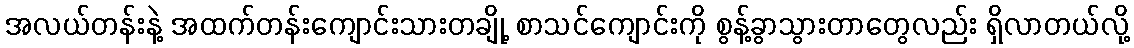
အလယ်တန်းနဲ့ အထက်တန်းကျောင်းသားတချို့ စာသင်ကျောင်းကို စွန့်ခွာသွားတာတွေလည်း ရှိလာတယ်လို့